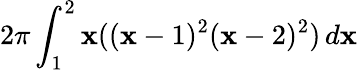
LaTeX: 2\pi\int_{1}^{2}\mathbf{x}((\mathbf{x}-1)^{2}(\mathbf{x}-2)^{2})\, d\mathbf{x}